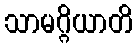
သာမဂ္ဂိယာတိ